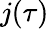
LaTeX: j(\tau)